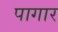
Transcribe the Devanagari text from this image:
पागार